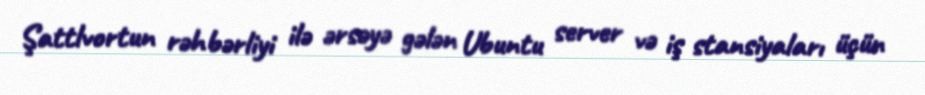
Şattlvortun rəhbərliyi ilə ərsəyə gələn Ubuntu server və iş stansiyaları üçün